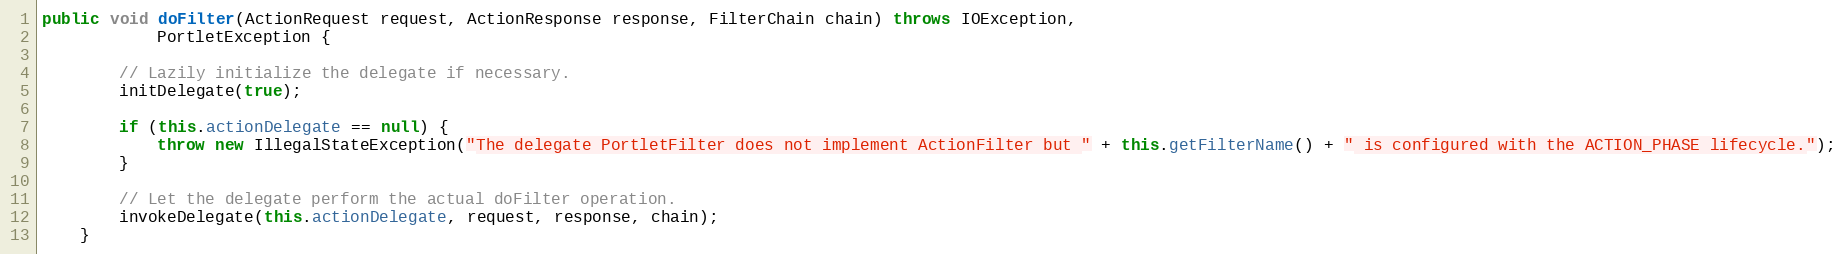
Language: Java
public void doFilter(ActionRequest request, ActionResponse response, FilterChain chain) throws IOException,
            PortletException {

        // Lazily initialize the delegate if necessary.
        initDelegate(true);

        if (this.actionDelegate == null) {
            throw new IllegalStateException("The delegate PortletFilter does not implement ActionFilter but " + this.getFilterName() + " is configured with the ACTION_PHASE lifecycle.");
        }

        // Let the delegate perform the actual doFilter operation.
        invokeDelegate(this.actionDelegate, request, response, chain);
    }